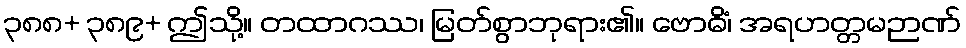
၃၈၈+ ၃၈၉+ ဤသို့။ တထာဂဿ၊ မြတ်စွာဘုရား၏။ ဗောဓိံ၊ အရဟတ္တမဉာဏ်